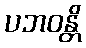
ပဘဝန္တိ